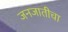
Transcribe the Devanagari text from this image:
जनजातीचा